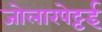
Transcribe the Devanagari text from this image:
जोलारपेट्टई